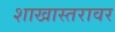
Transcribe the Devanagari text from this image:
शाखास्तरावर